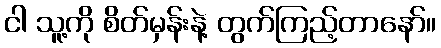
ငါ သူ့ကို စိတ်မှန်းနဲ့ တွက်ကြည့်တာနော်။